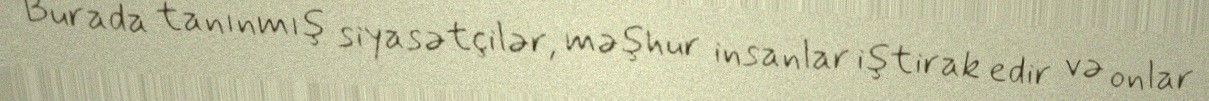
Burada tanınmış siyasətçilər, məşhur insanlar iştirak edir və onlar